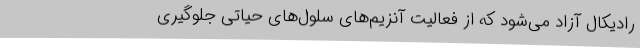
رادیکال آزاد می‌شود که از فعالیت آنزیم‌های سلول‌های حیاتی جلوگیری